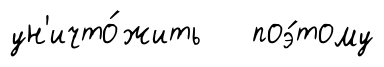
ун'ичто́жить поэ́тому